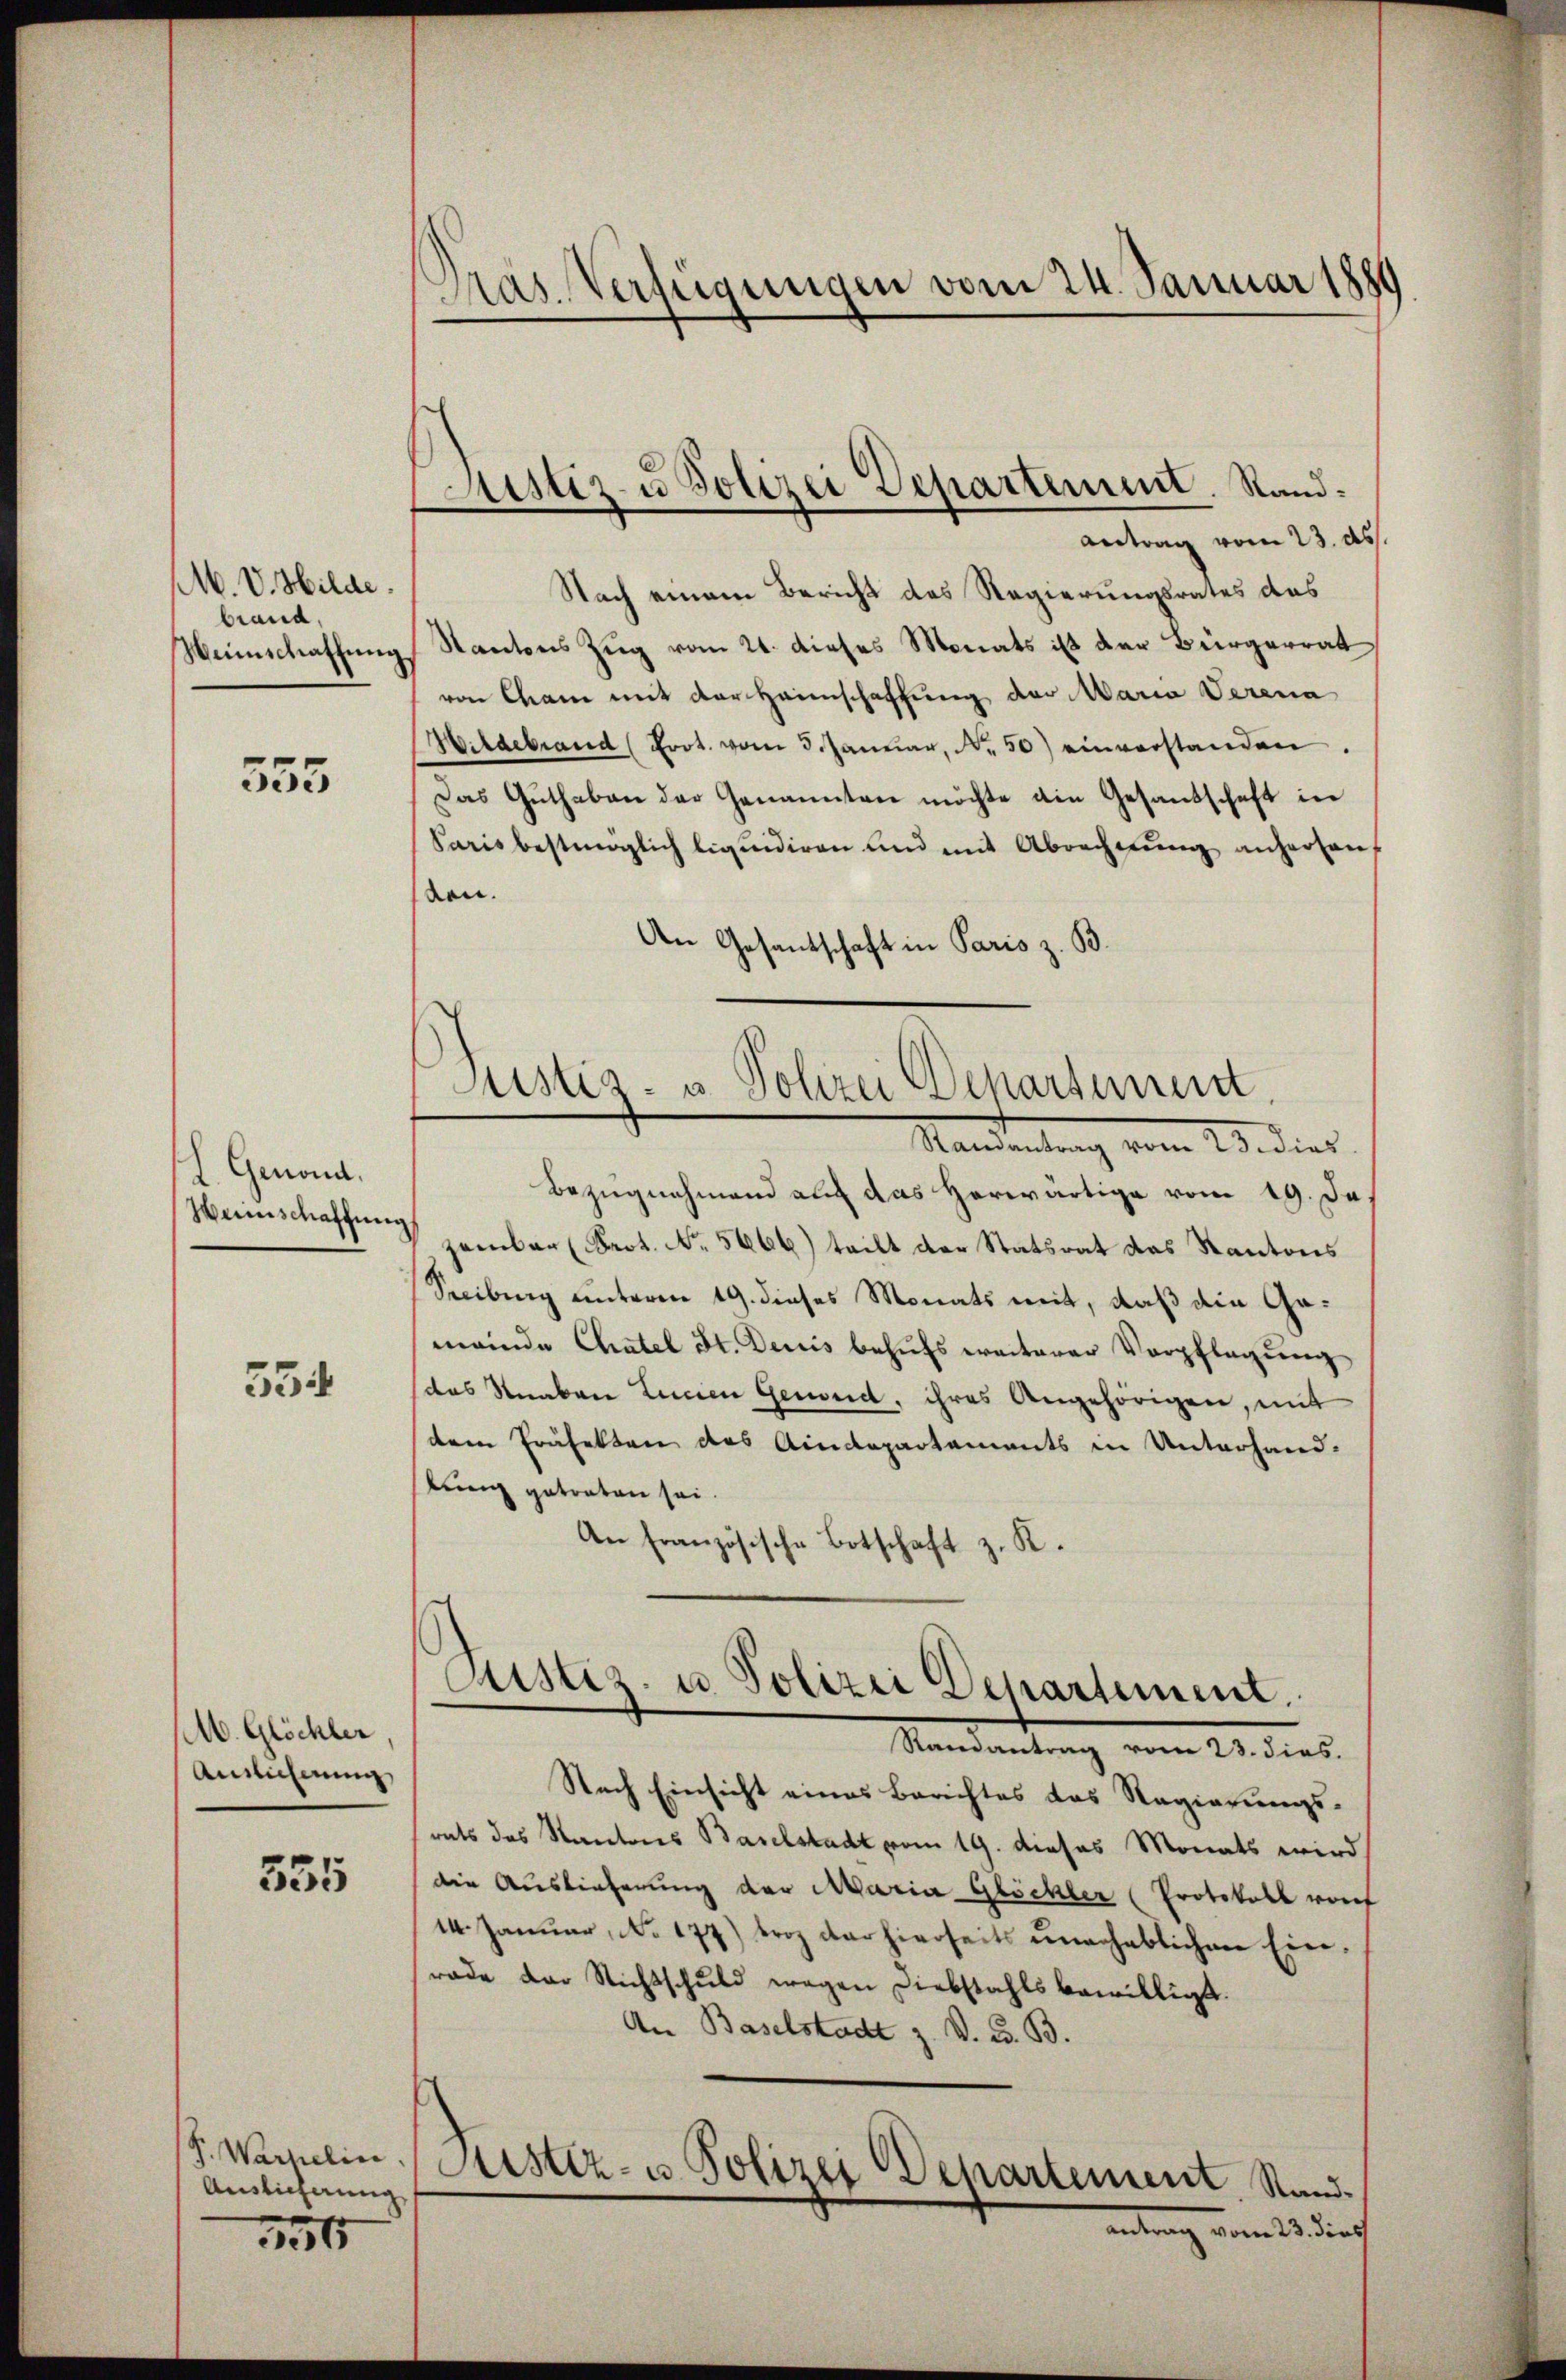
M. V. Hilde.
brand,
Weinschaffung

555

L. Genond.
Weinschaffung

534

M. Glöchler
Auslicherung

555

P. Warnelin
Auslieferung
156

Pras. Verfügungen vom 24. Januar 1889

Astiz u. Polizei Departement. Sand¬
Antrag vom 23. ds.

Justiz- u Polizei Departement
Randantrag vom 23. dies

Nach einem Bericht des Regierungsrates des
Startons Zug vom 21. dieses Monats ist der Bürgerrat
von Cham mit der Heimschaffung der Maria Verena
Mildebrand (Erot. vom 3. Januar, Nr. 50) einverstanden.
Das Guthaben der Genannten möchte die Gesandschaft in
Paris bestmöglich liquidiren und mit Abrechnung anherten,
den.
An Gesantschaft in Paris z. B.
Bezugnahmend auf das herwärtige vom 19. Ja
zember Prot. No. 5666) teilt der Statsrat das Kantons
Secibung unterm 19. dieses Monats mit, daß die Gameinde Chatel St. Denis behufs weiterer Verpflegung
das Straben Leuen Gewond, ihres Angehörigen, mit
dem Präfekten des Aidepartements in Unterhand-
kung getraten sei
An französische Botschaft z. K.
Justiz- u. Polizei Departement.
Randantrag vom 23. dies.
Nach Einsicht eines Berichtes das Regierungs-
rats das Kantons Baselstadt vom 19. dieses Monats wird.
die Auslieferung der Maria Glöckler (Protokoll vorf
14. Januar, No 177) troz der hierseits unerheblichen Einrade der Nichtschuld wegen Diebstahls bewilligt.
An Baselstadt z. V. u. B.
Justiz- u. Polizei Departement. Stand.
antrag vom 25 dies